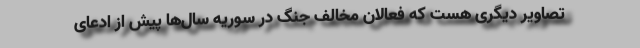
تصاویر دیگری هست که فعالان مخالف جنگ در سوریه سال‌ها پیش از ادعای